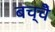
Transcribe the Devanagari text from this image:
बच्चेँ